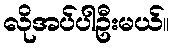
လိုအပ်ပါဦးမယ်။